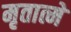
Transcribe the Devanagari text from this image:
मृतात्मे